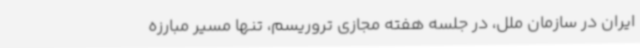
ایران در سازمان ملل، در جلسه هفته مجازی تروریسم، تنها مسیر مبارزه